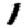
Digit: 1